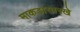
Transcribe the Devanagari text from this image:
माकडासारखे